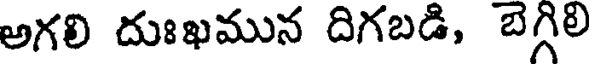
అగలి దుఃఖమున దిగబడి, బెగ్గిలి